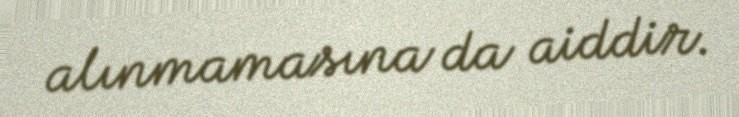
alınmamasına da aiddir.